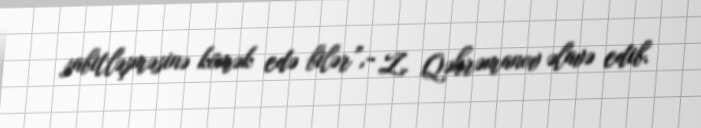
sabitləşməsinə kömək edə bilər”,- Z. Qəhrəmanov əlavə edib.